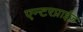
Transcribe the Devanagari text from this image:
एन्टरप्राईज़